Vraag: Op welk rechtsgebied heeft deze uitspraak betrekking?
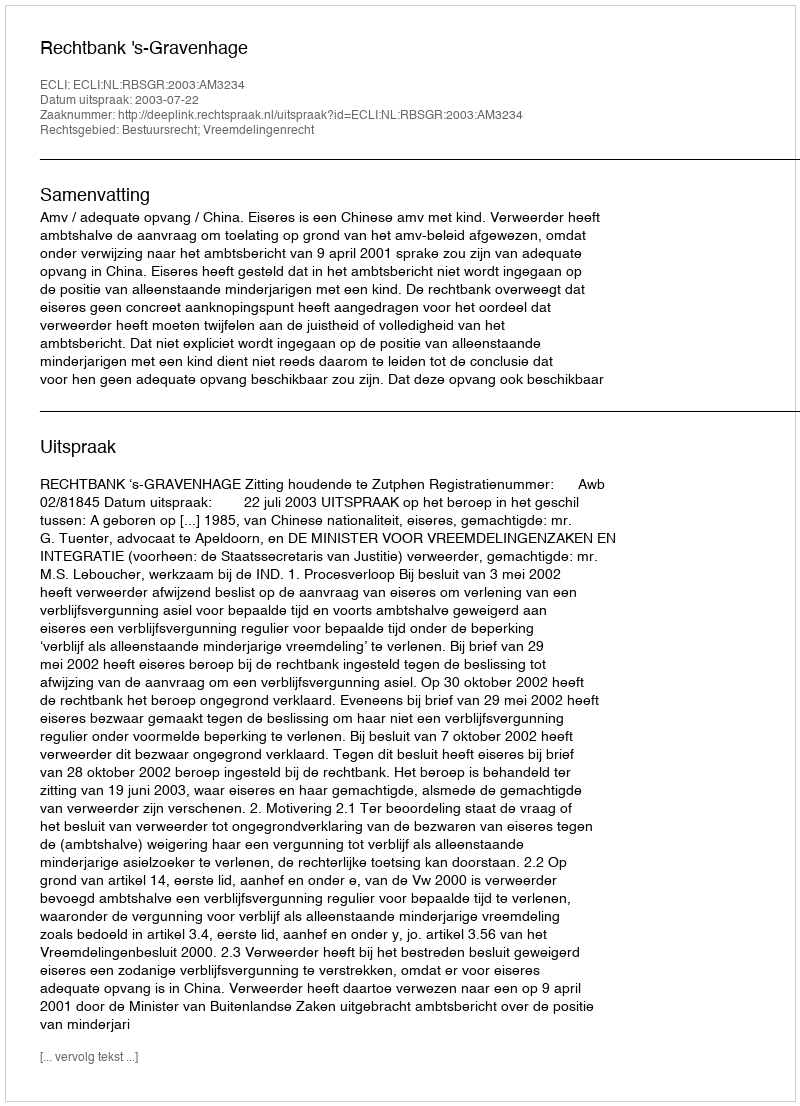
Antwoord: Bestuursrecht; Vreemdelingenrecht